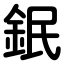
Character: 鈱